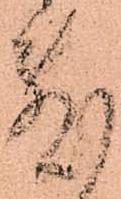
敷